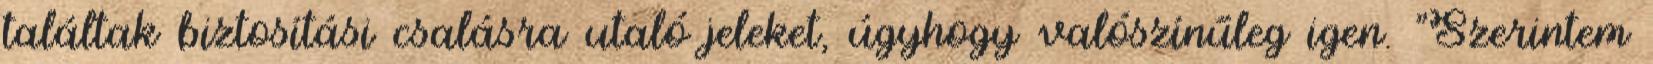
találtak biztosítási csalásra utaló jeleket, úgyhogy valószínűleg igen. "Szerintem